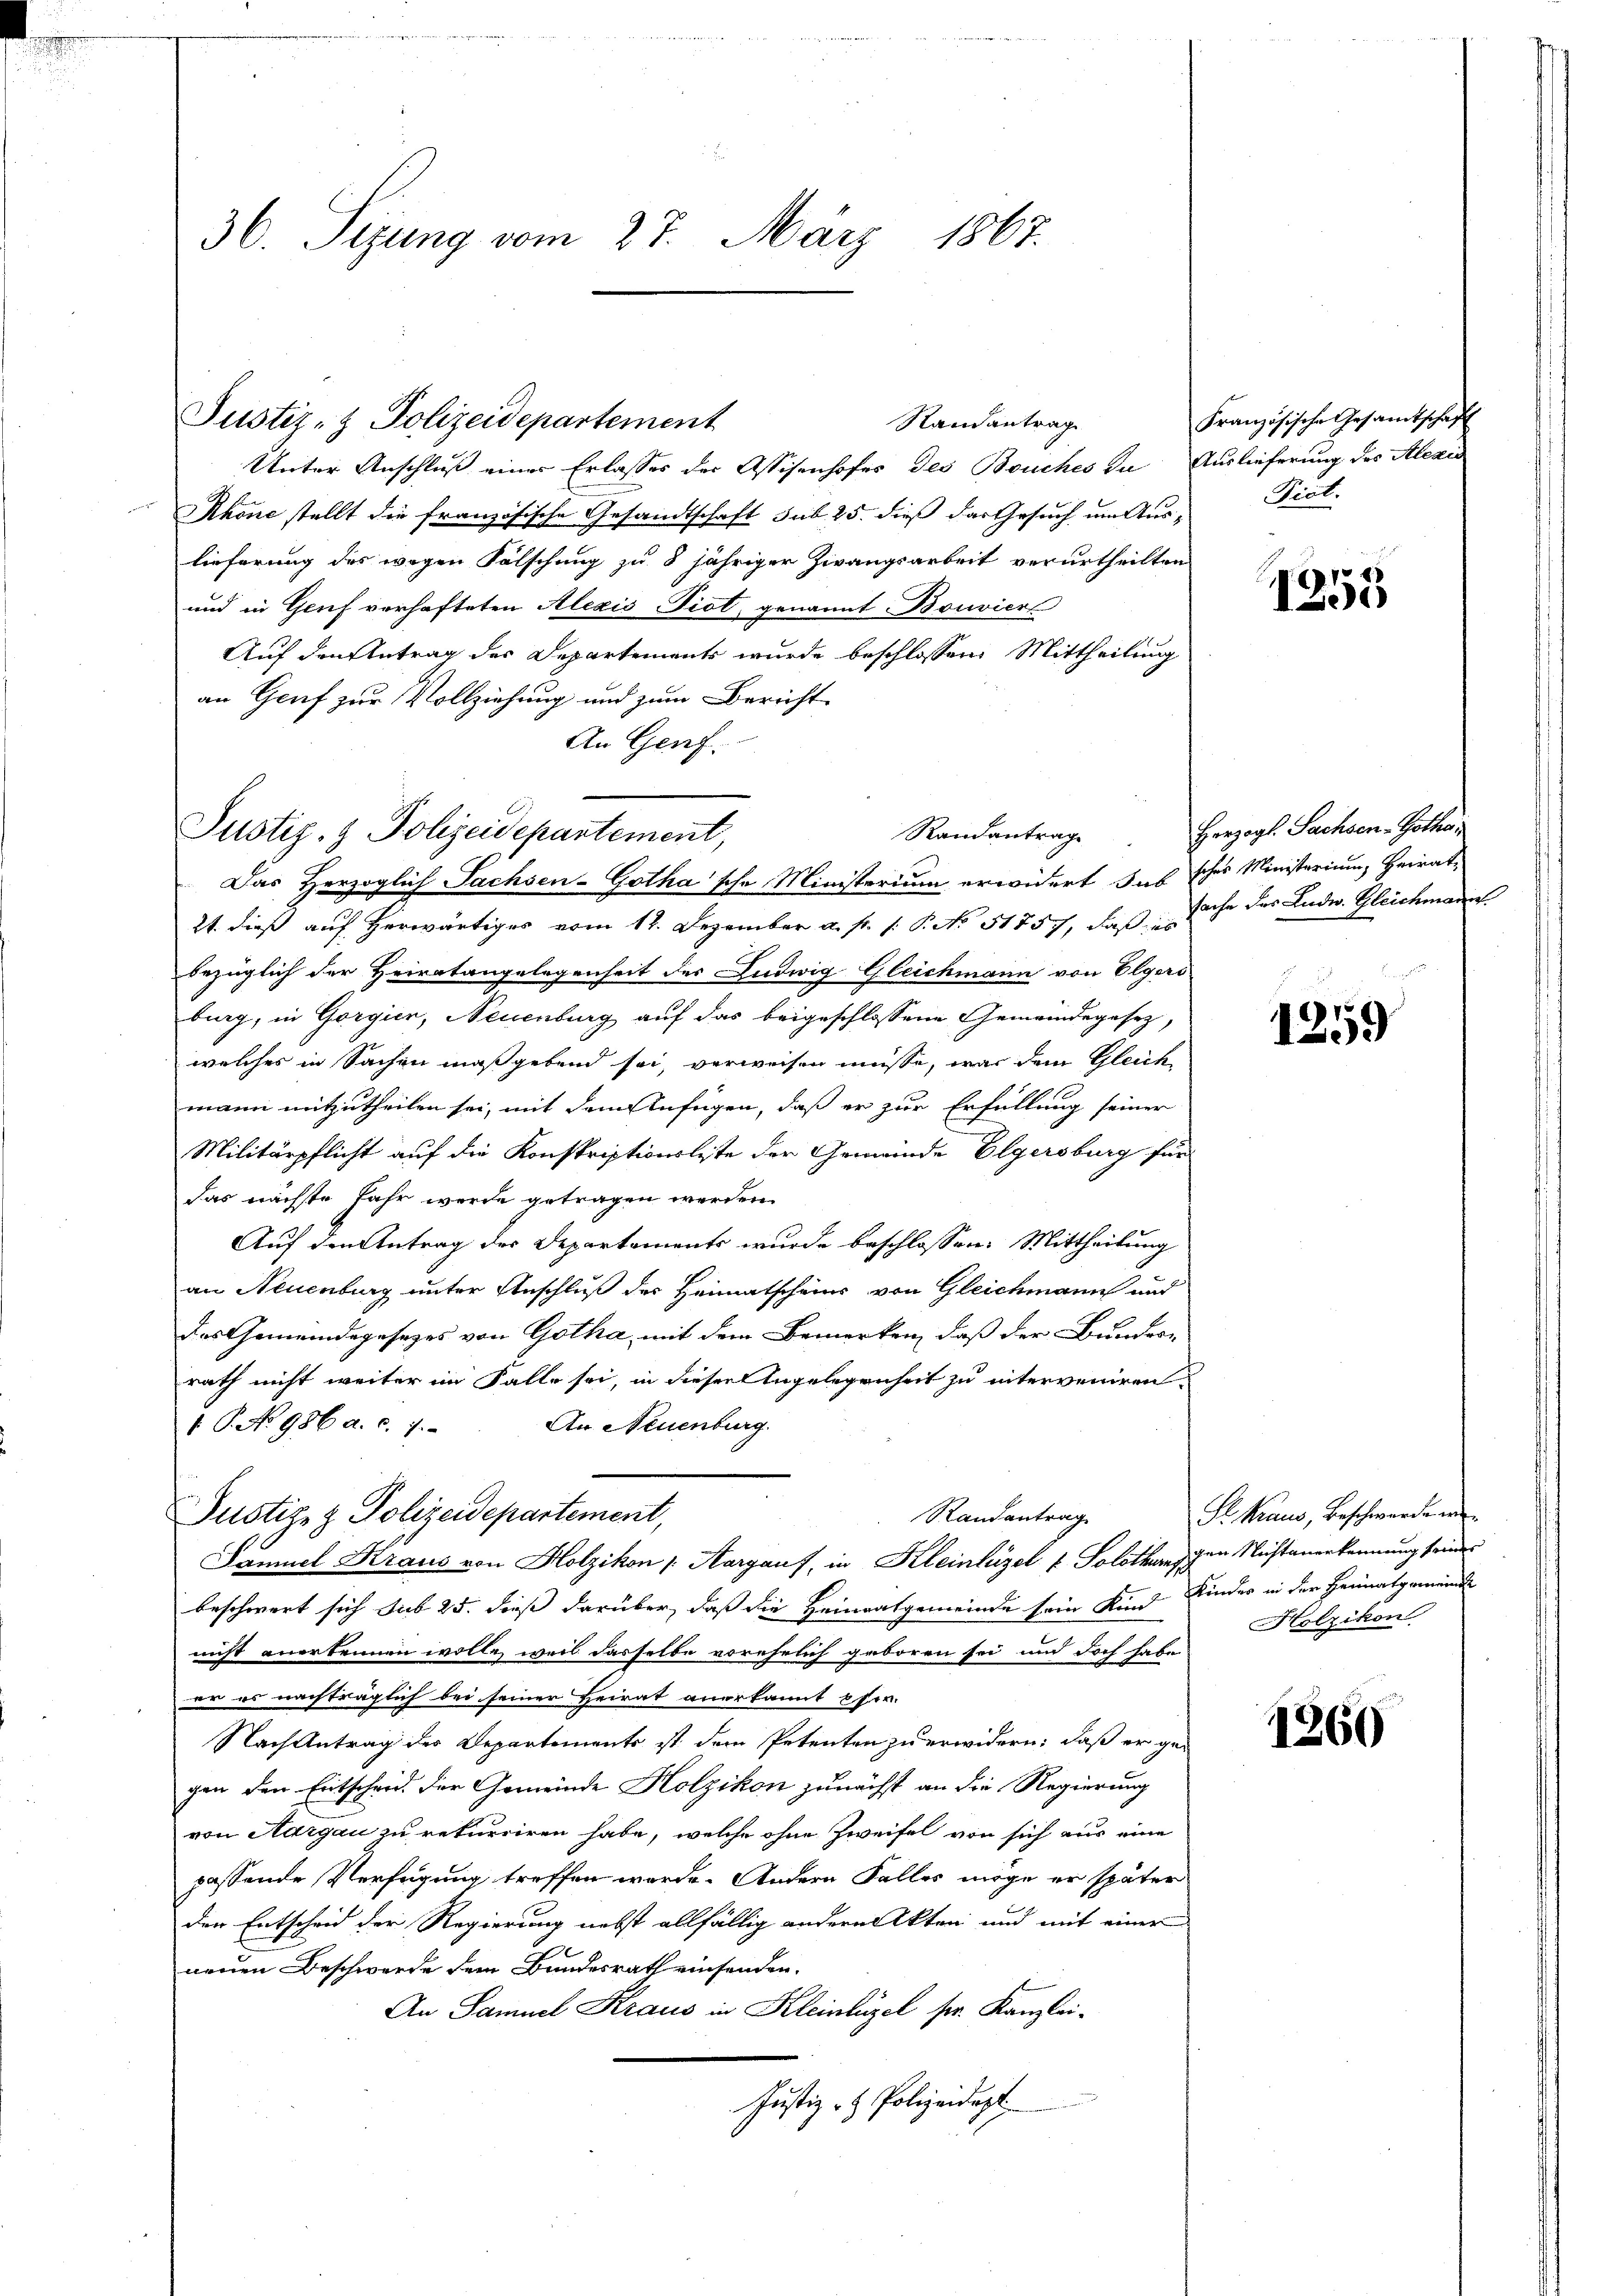
36. Sizung vom 27. März 1867.

Unter Anschluß einer Erlasses der Assisenhofes des Bouches die Auslieferung des Alexis
Ahone stellt die französische Gesandtschaft sub. 25. dieß das Gesuch um Aus-Piot.
lieferung des wegen Fälschung zu 8 jähriger Zwangsarbeit verurtheilten
und in Genf vorhafteten Alexis Piot, genannt Bouviers
Auf den Antrag des Departements wurde beschlossen: Mittheilung
an Genf zur Vollziehung und zum Bericht
An Genf.

Justiz- & Polizeidepartement
Randantrag

21. dieß auf herwärtiges vom 12. Dezember a. f. 1: P. No. 51757, daß nahe des Ludw. Gleichmann
bezüglich der Heiratangelegenheit der Ludwig Gleichmann von Elgers
burg, in Gorgier, Neuenburg auf das beigeschlossene Gemeindegesetz,
welches in Sachen maßgebend sei, verweisen müsse, was dem Gleich
mann mitzutheilen sei, mit dem Anfügen, daß er zur Erfüllung seiner
Militärpflicht auf die Konskriptionsliste der Gemeinde Elgersburg für
das nächste Jahr wurde getragen werden.
Auf den Antrag des Departements wurde beschlossen: Mittheilung
an Neuenburg unter Anschluß des Heimatscheins von Gleichmann und
das Gemeindegesezes von Gotha, mit dem Bemerken, daß der Bundesrath nicht weiter im Falle sei, in dieser Angelegenheit zu interveniren.
1 P. No 986 a. c. 7.
An Neuenburg.
Justiz- & Polizeidepartement,
Randantrag
Samuel Kraus von Holzikon (Aargauf, in Kleinlügel u. Solothurn sichen Nichtanerkennung seiner
beschwert sich sub 25. dieß darüber, daß die Heimatgemeinde sein Kund Kinder in der Heimatgemeinde
nicht anerkennen wolle, weil dasselbe vorehelich geboren sei und doch habe
er es nachträglich bei seiner Heirat anerkannt her.
Nach Antrag der Departemente ist dem Petenten zu erwidern: daß er ge-
gen den Entscheid. Der Gemeinde Holzikon zunächst an die Regierung
von Aargau zu rekurriren habe, welche ohne Zweifel von sich aus eine
passende Verfügung treffen wurde. Andern Falles möge er später
den Entscheid der Regierung nebst allfällig andern Akten und mit einer
neuen Beschwerde dem Bundesrath einsenden.
An Samuel Kraus in Kleinlügel sr. Kanzlei¬
Justiz- & Polizeidigt.

Justiz- & Polizeidepartement,
Randantrage
Das Herzoglich Sachsen-Gotha'sche Ministerium erwidert das scher Ministerium, Heirat-

Französische Gesamtschaft

1253

Herzogl. Sachsen. Gotte

1259

Prhaus, Beschwerden
Holzikon

1260